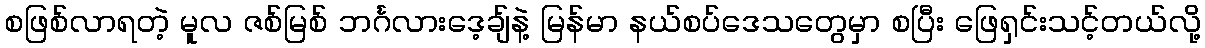
စဖြစ်လာရတဲ့ မူလ ဇစ်မြစ် ဘင်္ဂလားဒေ့ချ်နဲ့ မြန်မာ နယ်စပ်ဒေသတွေမှာ စပြီး ဖြေရှင်းသင့်တယ်လို့